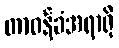
တာဝန်ခံအရာရှိ